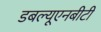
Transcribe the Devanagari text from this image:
डबल्यूएनबीटी